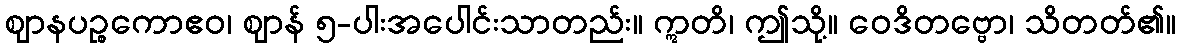
ဈာနပဉ္စကောဧဝ၊ ဈာန် ၅-ပါးအပေါင်းသာတည်း။ ဣတိ၊ ဤသို့။ ဝေဒိတဗ္ဗော၊ သိတတ်၏။